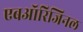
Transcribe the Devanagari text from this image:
एबऑरिजिनल